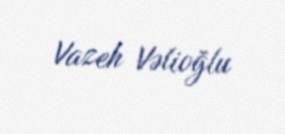
Vazeh Vəlioğlu